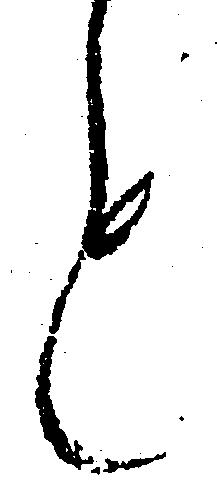
も